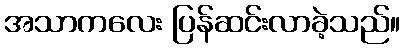
အသာကလေး ပြန်ဆင်းလာခဲ့သည်။